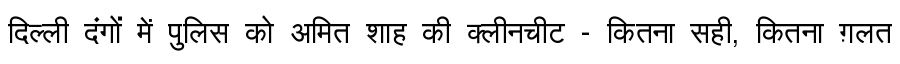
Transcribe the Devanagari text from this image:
दिल्ली दंगों में पुलिस को अमित शाह की क्लीनचीट - कितना सही, कितना ग़लत